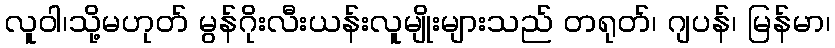
လူဝါ၊သို့မဟုတ် မွန်ဂိုးလီးယန်းလူမျိုးများသည် တရုတ်၊ ဂျပန်၊ မြန်မာ၊